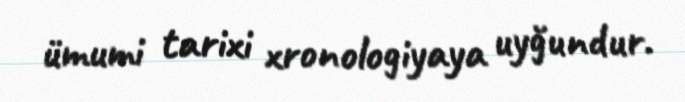
ümumi tarixi xronologiyaya uyğundur.